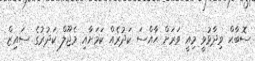
ސޮބާޙް ވިދާޅުވީ މިއީ ވަރަށް ޙާއްސަ ކަދުރެއް ކަމަށާއި މެޖޫލް ކަދުރުގެ ސައިޒް